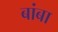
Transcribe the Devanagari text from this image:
बांबा